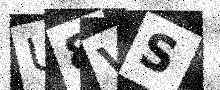
Text: U8VS